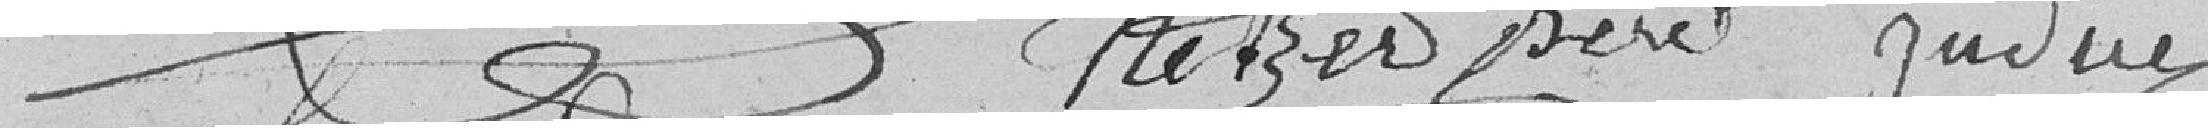
Netzer père Judice